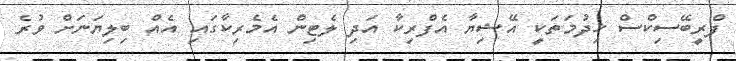
ފްރީބޭސިކްސް ޚިދުމަތަކީ އޭޝިޔާ އެފްރިކާ އަދި ލެޓިން އެމެރިކާގައި އެއް ބިލިޔަނަށް ވުރެ